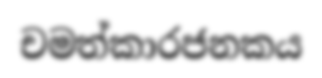
චමත්කාරජනකය